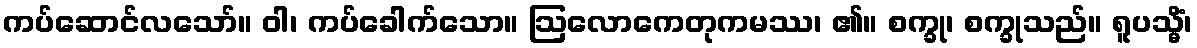
ကပ်ဆောင်လသော်။ ဝါ၊ ကပ်ခေါက်သော။ ဩလောကေတုကမဿ၊ ၏။ စက္ခု၊ စက္ခုသည်။ ရူပသ္မိံ၊